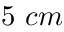
5 ~ c m